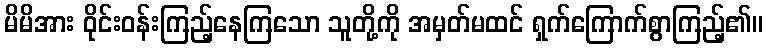
မိမိအား ဝိုင်းဝန်းကြည့်နေကြသော သူတို့ကို အမှတ်မထင် ရှက်ကြောက်စွာကြည့်၏။